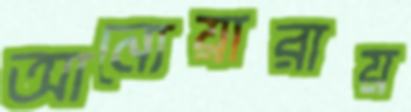
আনোয়ারায়